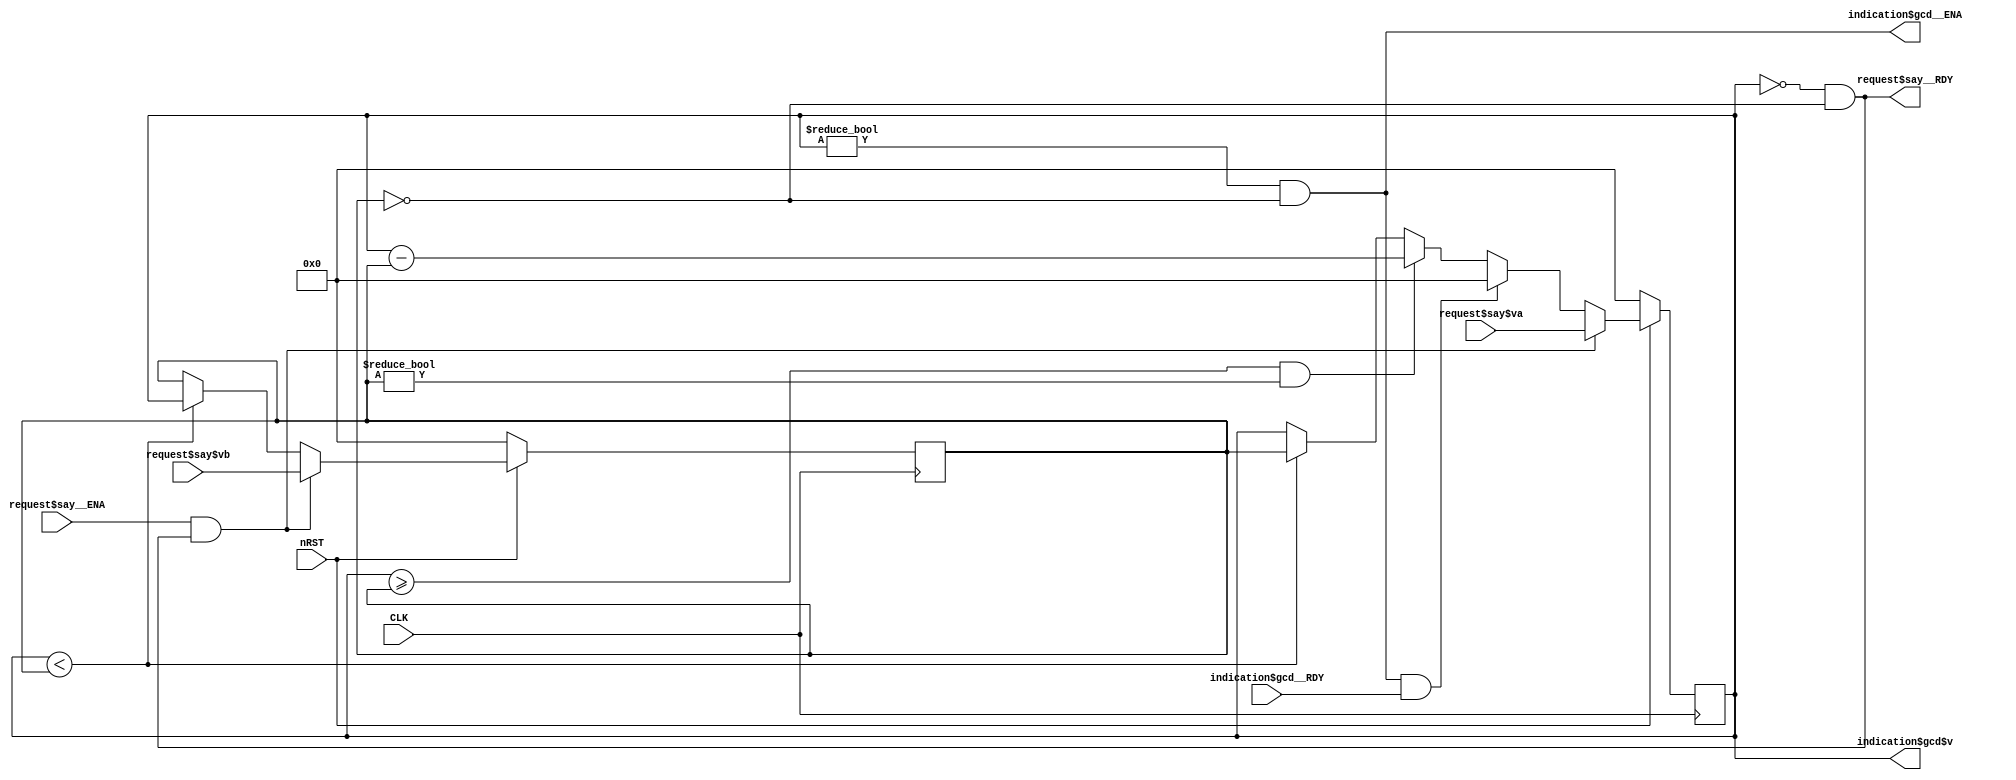
module Gcd (input wire CLK, input wire nRST,
    input wire request$say__ENA,
    input wire [31:0]request$say$va,
    input wire [31:0]request$say$vb,
    output wire request$say__RDY,
    output wire indication$gcd__ENA,
    output wire [31:0]indication$gcd$v,
    input wire indication$gcd__RDY);
    reg [31:0]a;
    reg [31:0]b;
    wire RULE$mod_rule__ENA;
    wire RULE$mod_rule__RDY;
    wire RULE$respond_rule__ENA;
    wire RULE$respond_rule__RDY;
    assign indication$gcd$v = a;
    assign indication$gcd__ENA = ( ( a != 32'd0 ) && ( b == 32'd0 ) ) != 0;
    assign request$say__RDY = ( ( a == 32'd0 ) && ( b == 32'd0 ) ) != 0;
    assign RULE$mod_rule__ENA = ( ( a >= b ) && ( b != 32'd0 ) ) != 0;
    assign RULE$mod_rule__RDY = ( ( a >= b ) && ( b != 32'd0 ) ) != 0;
    assign RULE$respond_rule__ENA = ( ( ( a != 32'd0 ) && ( b == 32'd0 ) ) != 0 ) & indication$gcd__RDY;
    assign RULE$respond_rule__RDY = ( ( ( a != 32'd0 ) && ( b == 32'd0 ) ) != 0 ) & indication$gcd__RDY;
    always @( posedge CLK) begin
      if (!nRST) begin
        a <= 0;
        b <= 0;
      end 
      else begin
        if (a < b) begin 
            b <= a;
            a <= b;
        end; 
        if (RULE$mod_rule__ENA & RULE$mod_rule__RDY) begin 
            a <= a - b;
        end; 
        if (RULE$respond_rule__ENA & RULE$respond_rule__RDY) begin 
            a <= 0;
        end; 
        if (request$say__ENA & request$say__RDY) begin 
            a <= request$say$va;
            b <= request$say$vb;
        end; 
      end
    end 
endmodule